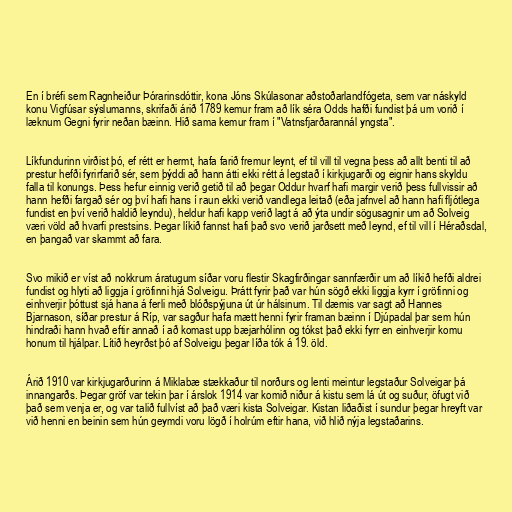
En í bréfi sem Ragnheiður Þórarinsdóttir, kona Jóns Skúlasonar aðstoðarlandfógeta, sem var náskyld
konu Vigfúsar sýslumanns, skrifaði árið 1789 kemur fram að lík séra Odds hafði fundist þá um vorið í
læknum Gegni fyrir neðan bæinn. Hið sama kemur fram í "Vatnsfjarðarannál yngsta".

Líkfundurinn virðist þó, ef rétt er hermt, hafa farið fremur leynt, ef til vill til vegna þess að allt benti til að
prestur hefði fyrirfarið sér, sem þýddi að hann átti ekki rétt á legstað í kirkjugarði og eignir hans skyldu
falla til konungs. Þess hefur einnig verið getið til að þegar Oddur hvarf hafi margir verið þess fullvissir að
hann hefði fargað sér og því hafi hans í raun ekki verið vandlega leitað (eða jafnvel að hann hafi fljótlega
fundist en því verið haldið leyndu), heldur hafi kapp verið lagt á að ýta undir sögusagnir um að Solveig
væri völd að hvarfi prestsins. Þegar líkið fannst hafi það svo verið jarðsett með leynd, ef til vill í Héraðsdal,
en þangað var skammt að fara.

Svo mikið er víst að nokkrum áratugum síðar voru flestir Skagfirðingar sannfærðir um að líkið hefði aldrei
fundist og hlyti að liggja í gröfinni hjá Solveigu. Þrátt fyrir það var hún sögð ekki liggja kyrr í gröfinni og
einhverjir þóttust sjá hana á ferli með blóðspýjuna út úr hálsinum. Til dæmis var sagt að Hannes
Bjarnason, síðar prestur á Ríp, var sagður hafa mætt henni fyrir framan bæinn í Djúpadal þar sem hún
hindraði hann hvað eftir annað í að komast upp bæjarhólinn og tókst það ekki fyrr en einhverjir komu
honum til hjálpar. Lítið heyrðst þó af Solveigu þegar líða tók á 19. öld.

Árið 1910 var kirkjugarðurinn á Miklabæ stækkaður til norðurs og lenti meintur legstaður Solveigar þá
innangarðs. Þegar gröf var tekin þar í árslok 1914 var komið niður á kistu sem lá út og suður, öfugt við
það sem venja er, og var talið fullvíst að það væri kista Solveigar. Kistan liðaðist í sundur þegar hreyft var
við henni en beinin sem hún geymdi voru lögð í holrúm eftir hana, við hlið nýja legstaðarins.